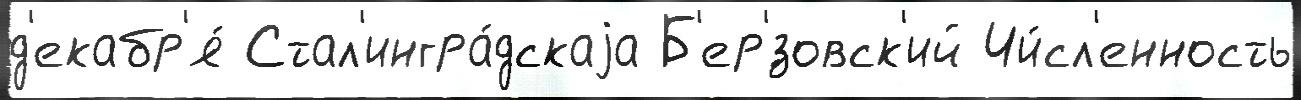
д'екабр'я́ Стал'ингра́дскаjа Б'ер'́зовск'ий Чи́сл'енность